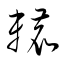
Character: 轆